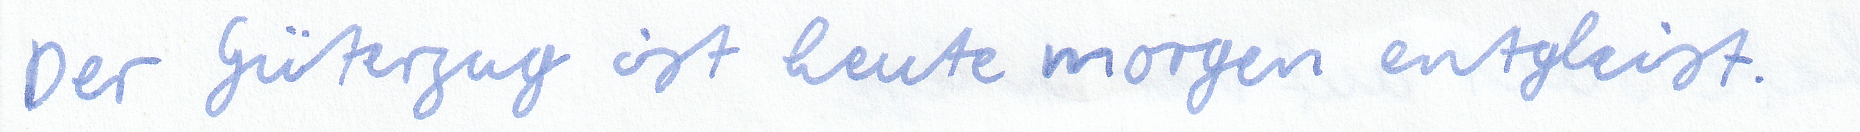
Der Güterzug ist heute morgen entgleist.